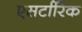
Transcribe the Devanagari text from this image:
एसर्टारिक